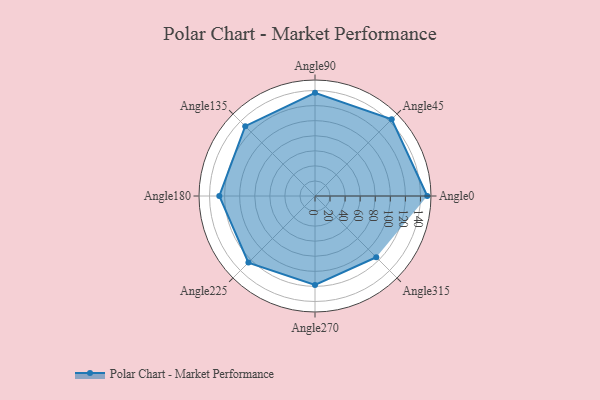
{"axis": {"x": "Angle", "y": "Radius"}, "legend": [""], "data": [{"x": "Angle0", "y": 149.0, "type": ""}, {"x": "Angle45", "y": 144.0, "type": ""}, {"x": "Angle90", "y": 137.0, "type": ""}, {"x": "Angle135", "y": 131.0, "type": ""}, {"x": "Angle180", "y": 127.0, "type": ""}, {"x": "Angle225", "y": 125.0, "type": ""}, {"x": "Angle270", "y": 118.0, "type": ""}, {"x": "Angle315", "y": 115.0, "type": ""}]}